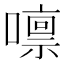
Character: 𡀀